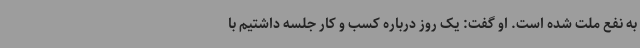
به نفع ملت شده است. او گفت: یک روز درباره کسب و کار جلسه داشتیم با